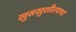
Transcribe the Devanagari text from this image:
खुसखुशीतपणा